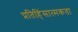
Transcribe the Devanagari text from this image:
प्रतिहिंसात्मकता